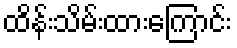
ထိန်းသိမ်းထားကြောင်း